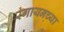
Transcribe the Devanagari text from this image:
रंगायनच्या